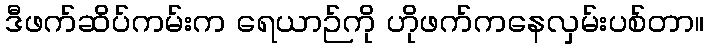
ဒီဖက်ဆိပ်ကမ်းက ရေယာဉ်ကို ဟိုဖက်ကနေလှမ်းပစ်တာ။